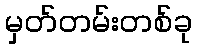
မှတ်တမ်းတစ်ခု